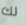
لك